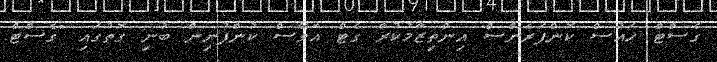
ގެސްޓް ހައުސް ކޮންފަރެންސް އިންތިޒާމުކުރާ ގެޓް އަވޭސް ކުންފުނިން ބުނި ގޮތުގައި "ގެސްޓް